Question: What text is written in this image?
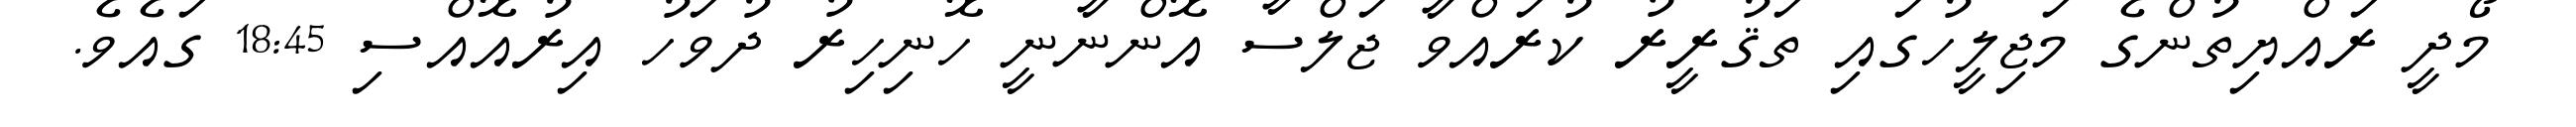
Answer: މޯދީ ރައްޔިތުންގެ މަޖިލީހުގައި ތަޤުރީރު ކުރައްވާ ޖަލްސާ އޮންނާނީ ހޮނިހިރު ދުވަހު އިރުއޮއްސި 18:45 ގައެވެ.